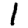
Digit: 1